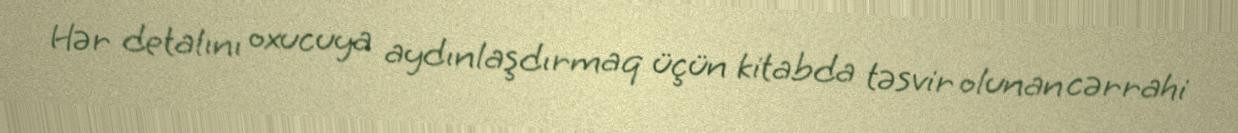
Hər detalını oxucuya aydınlaşdırmaq üçün kitabda təsvir olunan cərrahi